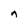
Character: n